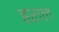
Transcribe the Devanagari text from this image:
हराल